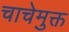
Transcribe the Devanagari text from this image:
चाचेमुक्त